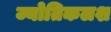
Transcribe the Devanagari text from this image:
ज्योतिकलश